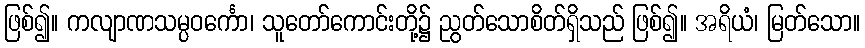
ဖြစ်၍။ ကလျာဏသမ္ပဝင်္ကော၊ သူတော်ကောင်းတို့၌ ညွတ်သောစိတ်ရှိသည် ဖြစ်၍။ အရိယံ၊ မြတ်သော။